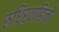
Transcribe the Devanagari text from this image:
रुधिरवाहिनी